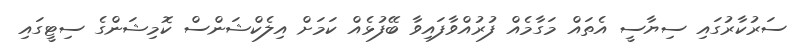
ސަރުކާރުގައި ސިޔާސީ އެތައް މަގާމެއް ފުރުއްވާފައިވާ ބޭފުޅެއް ކަމަށް އިލެކްޝަންސް ކޮމިޝަންގެ ސިޓީގައި